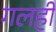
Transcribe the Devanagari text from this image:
गलही